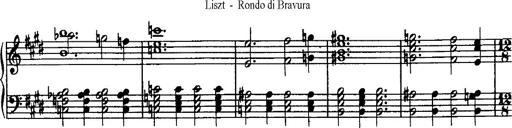
Title: Rondo di bravura
Composer: Franz Liszt